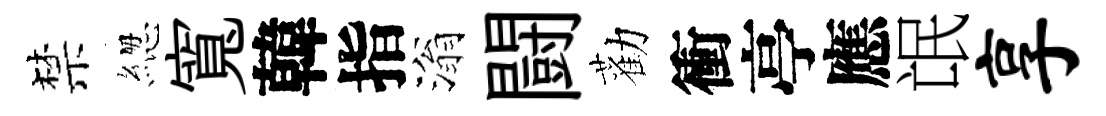
禁緫寬韓指滃闘勸衝亭應氓享